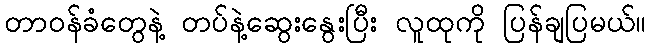
တာဝန်ခံတွေနဲ့ တပ်နဲ့ဆွေးနွေးပြီး လူထုကို ပြန်ချပြမယ်။